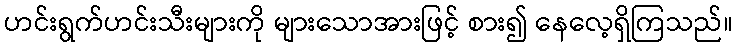
ဟင်းရွက်ဟင်းသီးများကို များသောအားဖြင့် စား၍ နေလေ့ရှိကြသည်။